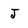
Character: J